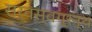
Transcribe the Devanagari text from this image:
सर्वस्वग्रन्थ